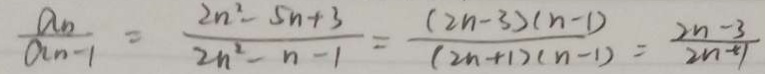
\frac { a _ { n } } { a _ { n - 1 } } = \frac { 2 n ^ { 2 } - 5 n + 3 } { 2 n ^ { 2 } - n - 1 } = \frac { ( 2 n - 3 ) ( n - 1 ) } { ( 2 n + 1 ) ( n - 1 ) } = \frac { 2 n - 3 } { 2 n + 1 }